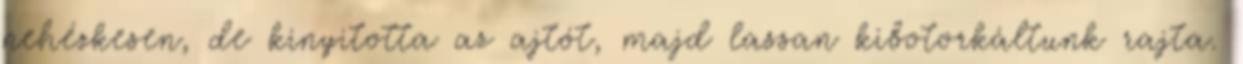
nehézkesen, de kinyitotta az ajtót, majd lassan kibotorkáltunk rajta.